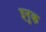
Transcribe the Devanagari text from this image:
इनुक